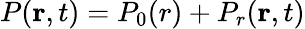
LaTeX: P(\mathbf{r},t)=P_{0}(r)+P_{r}(\mathbf{r},t)